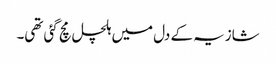
شازیہ کے دل میں ہلچل مچ گئی تھی۔